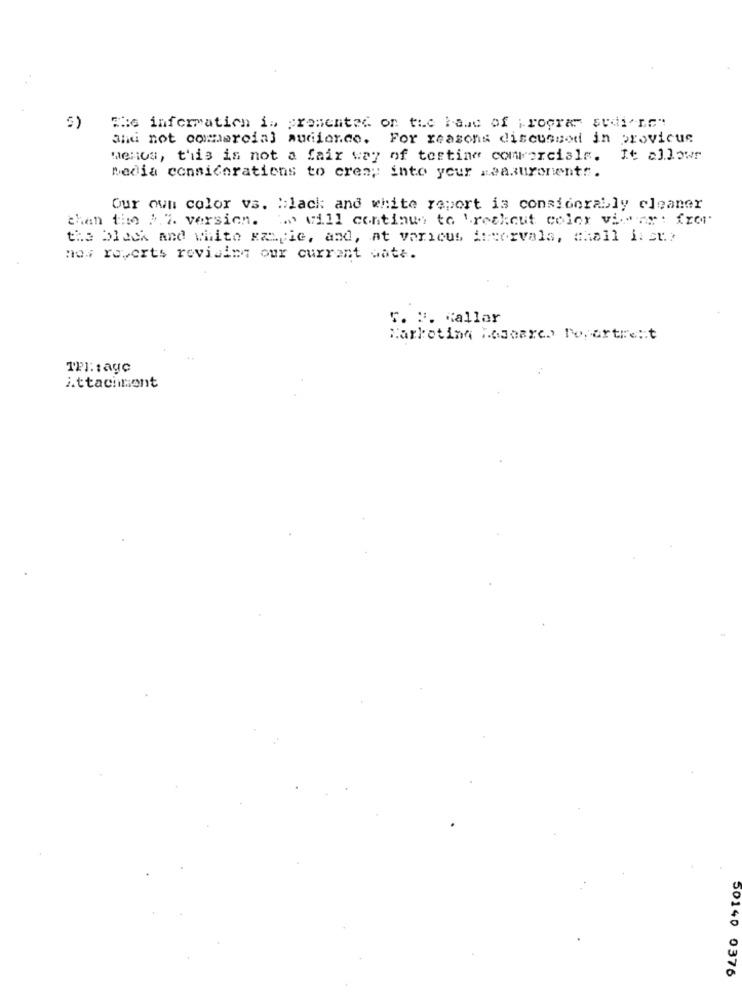
5)
The information is presented on the Fame of ; roore sudi me"
and not commercial audience. For reasons discussed in provicue
menos, this is not a fair way of testing comerciale. It allows
media considerations to crea; into your measurementr.
Our own color vs. :: lack: and white report is considerably cleaner
" will continue to breakout color vi- ay : fror
chan the 2% version.
the black and white Fragile, and, at various intervals, chall list?
now roverts revising our current aatt.
5. ". Kallar
Marketing Research Popartre:t
TPI:tage
Attachment
50140 0376